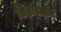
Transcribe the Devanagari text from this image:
शिक्षावल्लीत